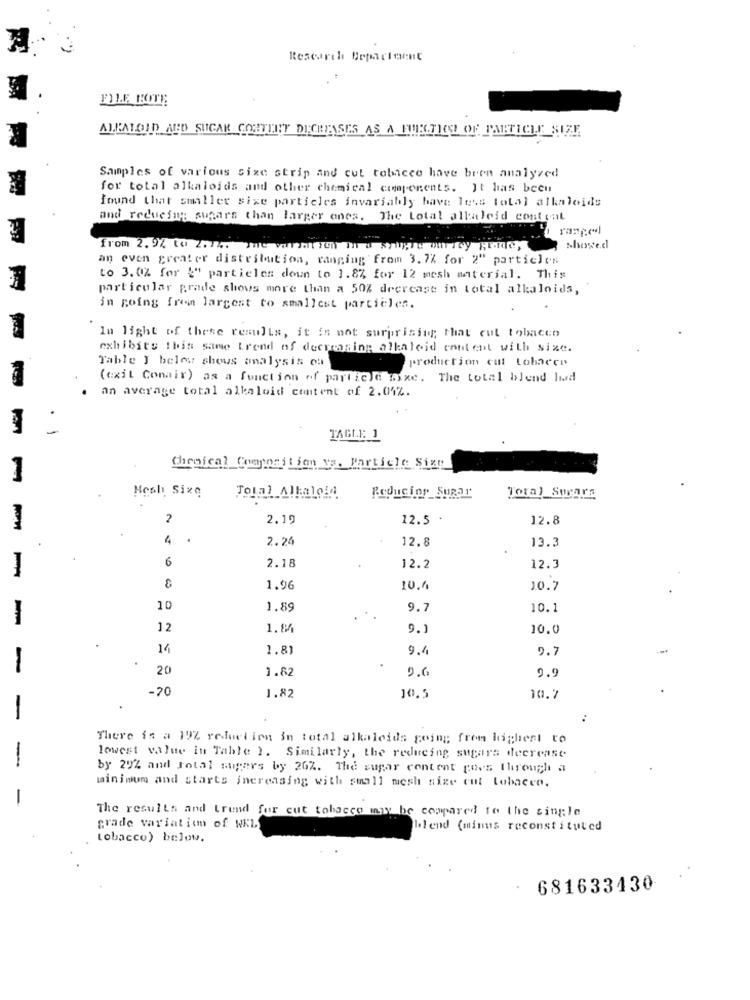
Research Beparteent
FILE BOTE
ALKALOID AFD SUGAR CONTENT DECREASES AS A FURTHER OF PARTICLE SIZE
Samples of various sixe strip and cut tobacco have been analyzed
for total alkaloids and other chemical components. It has been
found that smaller sixe particles invariably have less total alkaloids
and redueim; sugars than larger ones. The Lotat allinleid content
from 2.9% to 277%. The version in a single ou rey gende,
showed
an even greater distribution, ranging from 3. 7% for 2" particles
to 3.0% for {" particles down to 1.87 for 12 mesh material. This
particular grade shows more than a 50% decrease in total alkaloids,
in going frem largest to smallest particles.
In light of these results, it is not surprising that cut tobacco
exhibits this same trend of decreasing alkaloid content with size.
Table I below shows analysis ou
production call tobacco
(exit Conair) as a function of particle fixe. The total blend lund
an average total alkaloid content of 2.04%.
1
Chemical Composition va. Particle Size
1
Hosh Sixe
Total Alkaloid
Reducing_Sugar
Total_Surars
2.19
12.5 .
12.8
4
2.24
12.8
13.3
6
2.18
12.2
12.3
1.96
10.1
10.7
10
1.89
9.7
10.1
-
12
1.86
9.1
10.0
14
1.81
9.4
9.7
20
1.82
9.6
9.9
-20
10.5
1.82
10.7
There is a 19% reduction in total alkaleids going from highest to
lowest value in Table 1. Similarly, the reducing sugars decrease
by 29% and total sugers by 267. The sugar content goes through a
minimum and starts increasing with small mesh size cut tobacco.
The results and trend for cut tobacco may be compared to the single
grade variation of WEL
blend (minus reconstituted
tobacco) below.
681633430